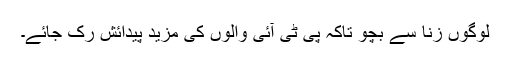
لوگوں زنا سے بچو تاکہ پی ٹی آئی والوں کی مزید پیدائش رک جائے۔